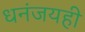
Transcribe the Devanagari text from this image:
धनंजयही